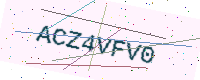
Text: ACZ4VFV0